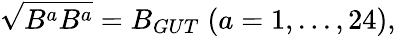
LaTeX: \sqrt{B^{a}B^{a}}=B_{GUT}\; (a=1,...,24),